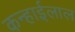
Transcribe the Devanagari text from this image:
कन्हाईलाल